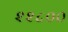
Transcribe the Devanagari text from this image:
२२८००